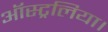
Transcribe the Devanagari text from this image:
ऑस्ट्रलिया।